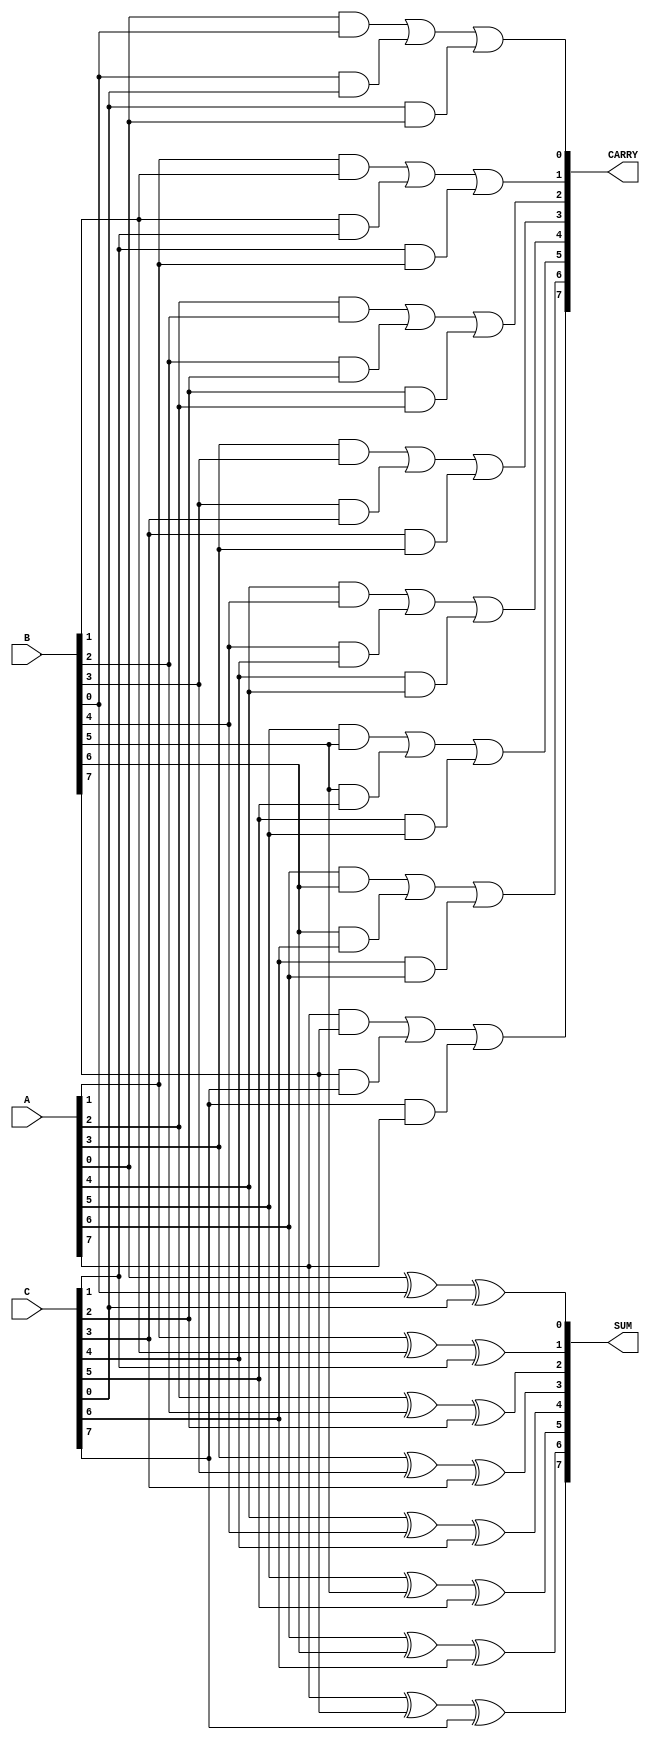
module MultiLevelCSA #(parameter N = 8, parameter LEVELS = 2) (
    input  [N-1:0] A,
    input  [N-1:0] B,
    input  [N-1:0] C,
    output [N-1:0] SUM,
    output [N-1:0] CARRY
);

    // Intermediate sums and carries
    wire [N-1:0] sum_stage1, carry_stage1;
    wire [N-1:0] sum_stage2, carry_stage2;

    // Level 1: Compute sums and carries for A, B, C
    genvar i;
    generate
        for (i = 0; i < N; i = i + 1) begin : stage1
            assign sum_stage1[i] = A[i] ^ B[i] ^ C[i]; // Sum
            assign carry_stage1[i] = (A[i] & B[i]) | (B[i] & C[i]) | (C[i] & A[i]); // Carry
        end
    endgenerate

    // Level 2: Combine sums and carries from stage 1
    generate
        for (i = 0; i < N; i = i + 1) begin : stage2
            // For simplicity, we will just add stage1 outputs to the next inputs
            // In a real multi-level CSA, you would combine with other inputs
            assign sum_stage2[i] = sum_stage1[i]; // Pass through for this example
            assign carry_stage2[i] = carry_stage1[i]; // Pass through for this example
        end
    endgenerate

    // Final result (you can add more levels similarly)
    assign SUM = sum_stage2; // Final sum output
    assign CARRY = carry_stage2; // Final carry output

endmodule